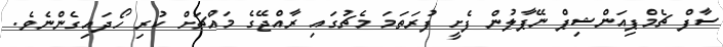
ސާފް ޗެމްޕިއަންޝިޕް ނޭޕާލުން ފެށީ ފުރަތަމަ މެޗުގައި ރާއްޖޭގެ މައްޗަށް ކުރި ހޯދައިގެންނެވެ.